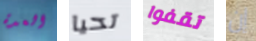
العدة تحيا تقفوا إن